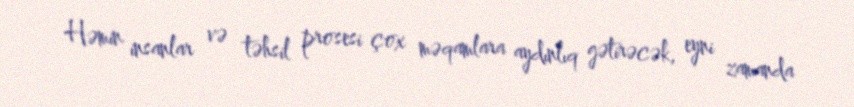
Həmin insanlar və təhsil prosesi çox məqamlara aydınlıq gətirəcək, eyni zamanda